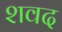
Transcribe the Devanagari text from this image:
शवद